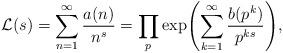
LaTeX: \begin{align*}{\mathcal{L}} (s) = \sum_{n=1}^\infty \frac{a(n)}{n^{s}} = \prod_p \exp \Biggl( \sum_{k=1}^\infty \frac{b(p^k)}{p^{ks}} \Biggr) ,\end{align*}